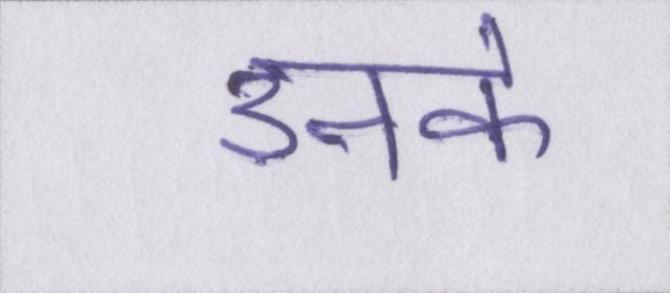
उनके